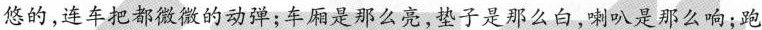
悠的，连车把都微微的动弹；车厢是那么亮，垫子是那么白，喇叭是那么响；跑